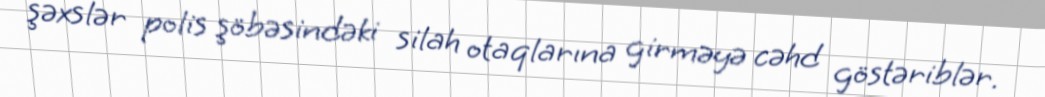
şəxslər polis şöbəsindəki silah otaqlarına girməyə cəhd göstəriblər.